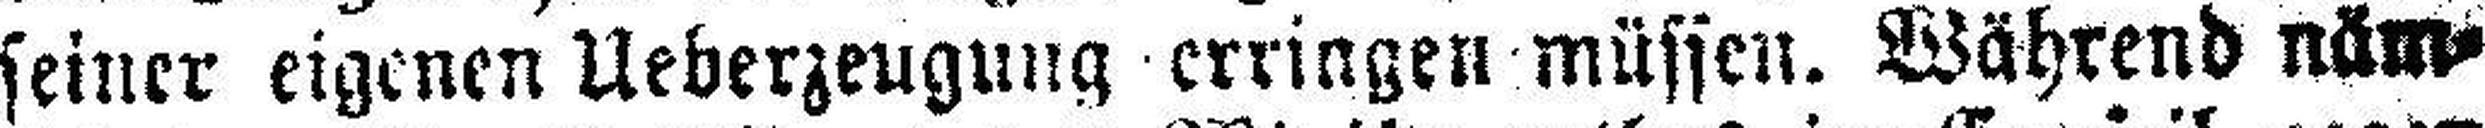
seiner eigenen Ueberzeugung erringen müssen. Während näm¬